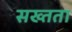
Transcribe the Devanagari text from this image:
सख्तता